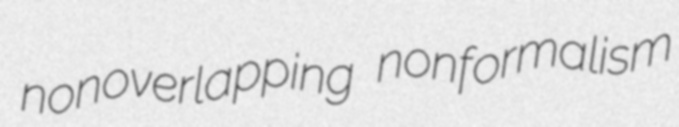
nonoverlapping nonformalism